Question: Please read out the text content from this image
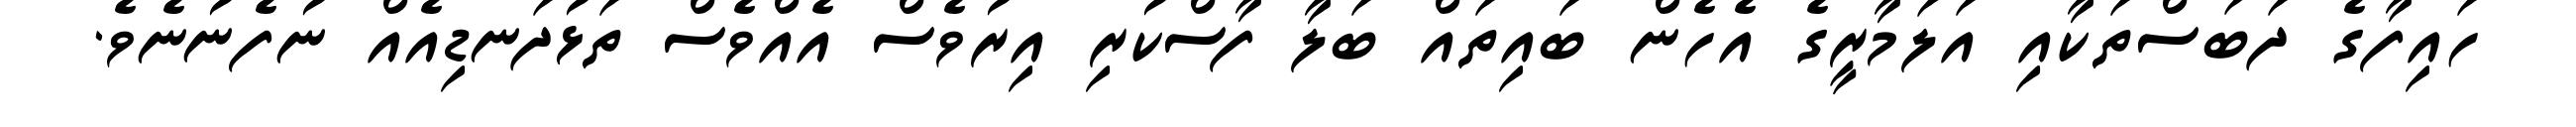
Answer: ހައިފާގެ ދަބަސްތަކާއި އަލަމާރީގެ އެހެން ބައިތައް ބަލާ ފާސްކުރި އިރުވެސް އެއްވެސް ތަޅުދަނޑިއެއް ނުފެނުނެވެ.